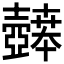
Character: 𫯉